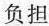
负担